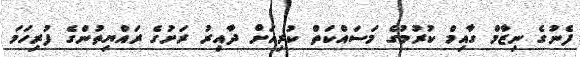
ފެނުގެ ނިޒާމް ގާއިމް ކުރުމުގެ މަސައްކަތް ކުރިއަށް ދާއިރު ރަށުގެ ރައްޔިތުންގެ ފުރިހަމަ